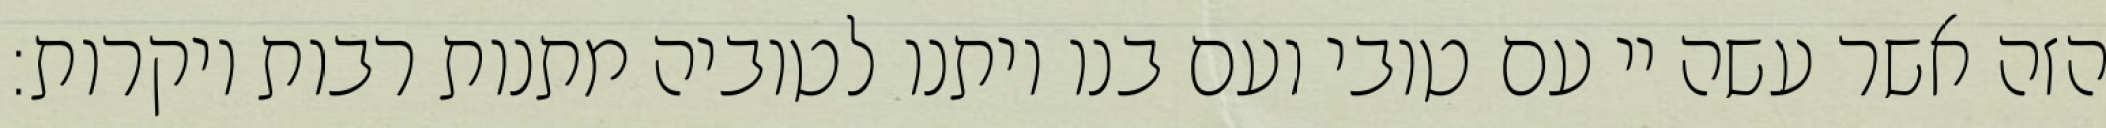
הזה אשר עשה יי עם טובי ועם בנו ויתנו לטוביה מתנות רבות ויקרות: